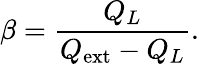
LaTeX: \beta=\frac{Q_{L}}{Q_{\mathrm{ext}}-Q_{L}}.